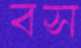
বস